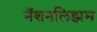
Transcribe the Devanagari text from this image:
नॅशनलिझम